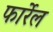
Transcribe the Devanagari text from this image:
फार्रेल